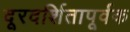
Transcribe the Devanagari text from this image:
दूरदर्शितापूर्वक